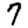
Digit: 7